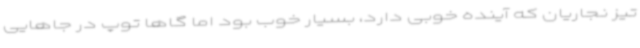
تیز نجاریان که آینده خوبی دارد، بسیار خوب بود اما گاها توپ در جاهایی